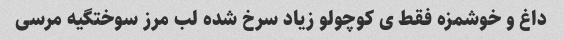
داغ و خوشمزه فقط ی کوچولو زیاد سرخ شده لب مرز سوختگیه مرسی